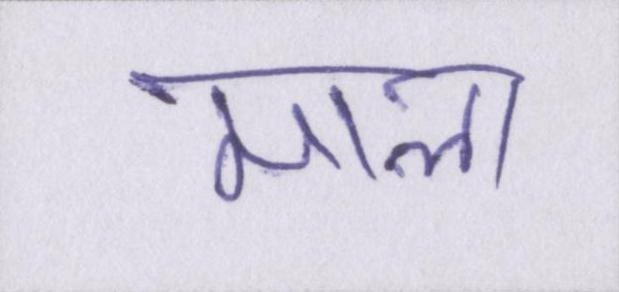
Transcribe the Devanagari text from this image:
माला